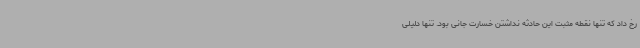
رخ داد که تنها نقطه مثبت این حادثه نداشتن خسارت جانی بود. تنها دلیلی